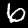
Label: 6